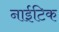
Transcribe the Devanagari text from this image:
नाईटिक